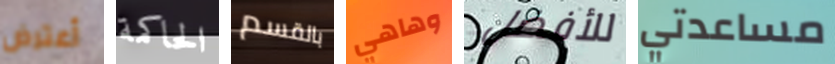
أعترض الحاكمة بالقسم وهاهي للأفضل مساعدتي